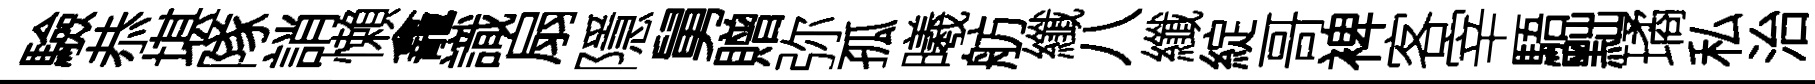
驗恭堪隊誚懶龕識扇隱舅贈弥孤曦舫纖八纖綻哥裨客宰䮏黜璚私治